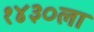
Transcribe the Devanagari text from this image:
१४३०ला